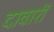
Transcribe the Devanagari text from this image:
दावारों